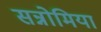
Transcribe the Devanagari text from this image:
सन्नोमिया